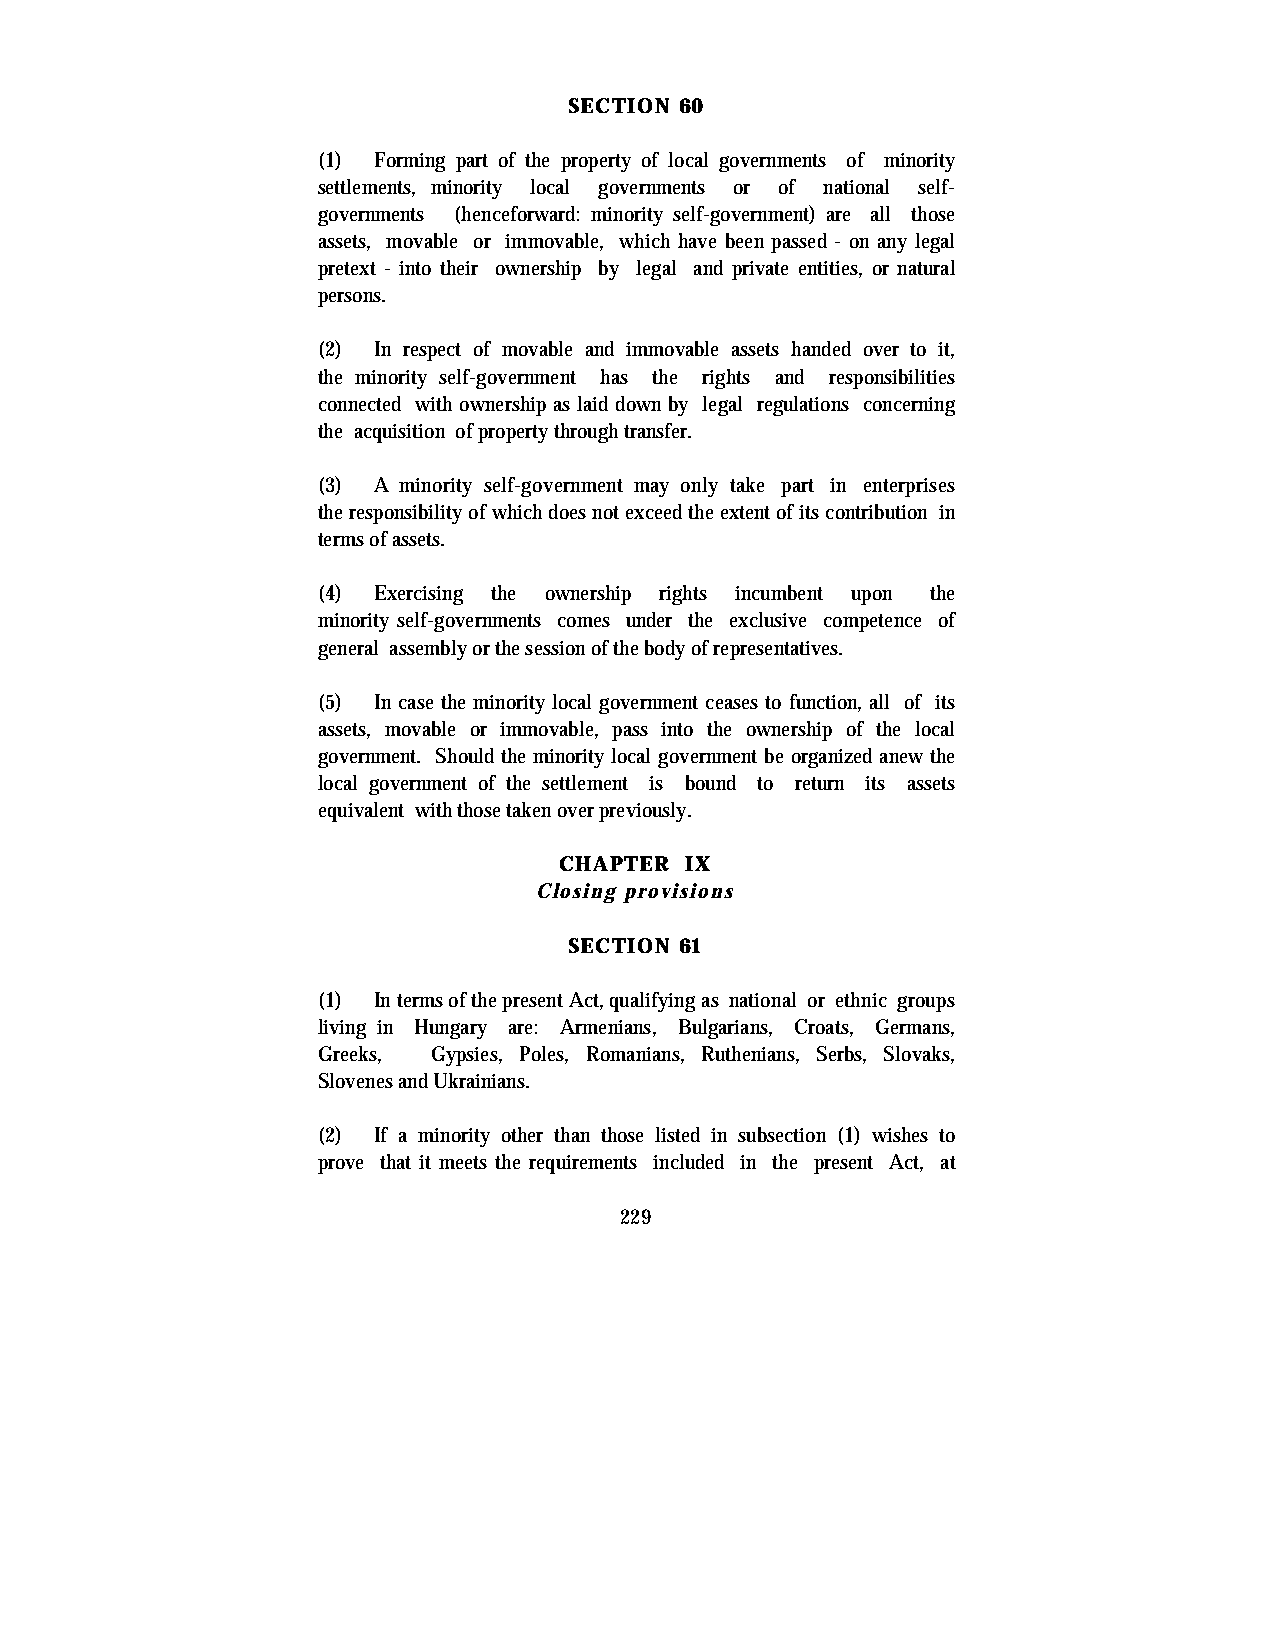
SECTION 60
 (1) Forming part of the property of local governments of minority
 settlements, minority local governments or of national self-
 governments (henceforward: minority self-government) are all those
 assets, movable or immovable, which have been passed - on any legal
 pretext - into their ownership by legal and private entities, or natural
 persons.
 (2) In respect of movable and immovable assets handed over to it,
 the minority self-government has the rights and responsibilities
 connected with ownership as laid down by legal regulations concerning
 the acquisition of property through transfer.
 (3) A minority self-government may only take part in enterprises
 the responsibility of which does not exceed the extent of its contribution in
 terms of assets.
 (4) Exercising the ownership rights incumbent upon the
 minority self-governments comes under the exclusive competence of
 general assembly or the session of the body of representatives.
 (5) In case the minority local government ceases to function, all of its
 assets, movable or immovable, pass into the ownership of the local
 government. Should the minority local government be organized anew the
 local government of the settlement is bound to return its assets
 equivalent with those taken over previously.
 CHAPTER IX
 Closing provisions
 SECTION 61
 (1) In terms of the present Act, qualifying as national or ethnic groups
 living in Hungary are: Armenians, Bulgarians, Croats, Germans,
 Greeks, Gypsies, Poles, Romanians, Ruthenians, Serbs, Slovaks,
 Slovenes and Ukrainians.
 (2) If a minority other than those listed in subsection (1) wishes to
 prove that it meets the requirements included in the present Act, at
 229